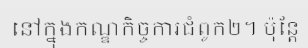
នៅក្នុងកណ្ឌកិច្ចការជំពូក២។ ប៉ុន្តែ